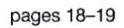
pages 18-19